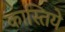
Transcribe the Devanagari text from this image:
कास्तिये